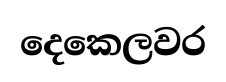
දෙකෙලවර